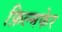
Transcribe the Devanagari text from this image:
फ़िल्मफेर